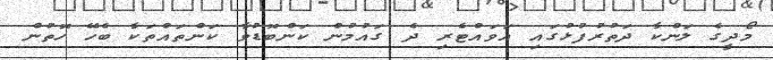
މޯދީގެ ލަންކާ ދަތުރުފުޅުގައި އަވައްޓެރި ދެ ގައުމުން ކަންބޮޑުވާ ކަންތައްތަކާ ބެހޭ ހޮތުން